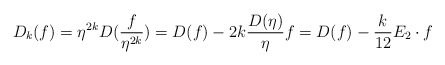
\begin{align*}D_k(f)=\eta^{2k}D(\frac f{\eta^{2k}})=D(f)-2k\frac{D(\eta)}{\eta}f=D(f)-\frac{k}{12}E_2\cdot f\end{align*}